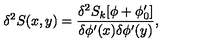
\delta ^ { 2 } S ( x , y ) = \frac { \delta ^ { 2 } S _ { k } [ \phi + \phi _ { 0 } ^ { \prime } ] } { \delta \phi ^ { \prime } ( x ) \delta \phi ^ { \prime } ( y ) } ,